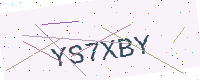
Text: YS7XBY